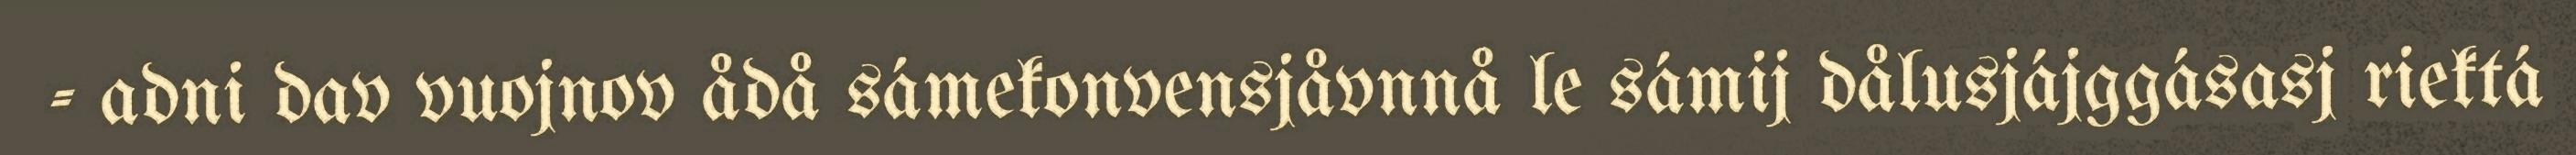
- adni dav vuojnov ådå sámekonvensjåvnnå le sámij dålusjájggásasj riektá